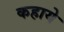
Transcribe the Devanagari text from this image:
कहाये